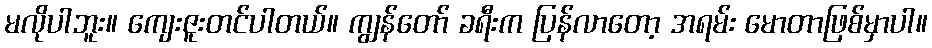
မလိုပါဘူး။ ကျေးဇူးတင်ပါတယ်။ ကျွန်တော် ခရီးက ပြန်လာတော့ အရမ်း မောတာဖြစ်မှာပါ။